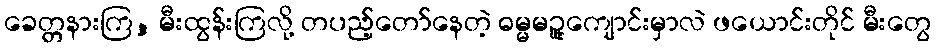
ခေတ္တနားကြ, မီးထွန်းကြလို့ တပည့်တော်နေတဲ့ ဓမ္မမဉ္ဇူကျောင်းမှာလဲ ဖယောင်းတိုင် မီးတွေ